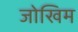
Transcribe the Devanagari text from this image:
जोखिम